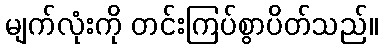
မျက်လုံးကို တင်းကြပ်စွာပိတ်သည်။